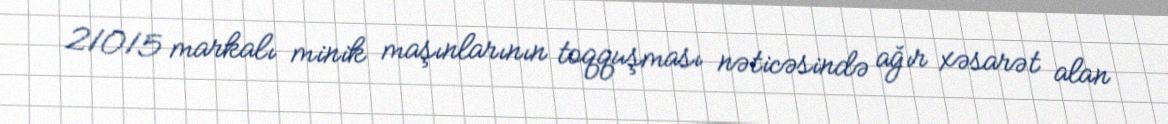
21015 markalı minik maşınlarının toqquşması nəticəsində ağır xəsarət alan